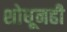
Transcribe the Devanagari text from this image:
शोधूनही